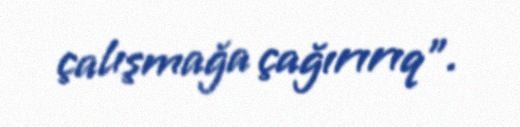
çalışmağa çağırırıq”.